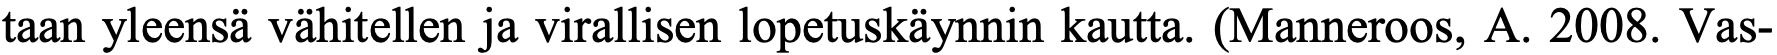
taan yleensä vähitellen ja virallisen lopetuskäynnin kautta. (Manneroos, A. 2008. Vas-